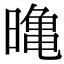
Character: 𭧛